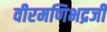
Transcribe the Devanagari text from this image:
वीरमणिभद्रजी